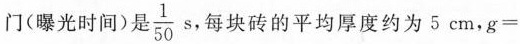
门(曝光时间)是\frac{1}{50}s ，每块砖的平均厚度约为5cm，$$g =